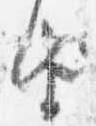
由